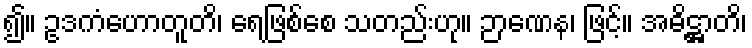
၍။ ဥဒကံဟောတူတိ၊ ရေဖြစ်စေ သတည်းဟု။ ဉာဏေန၊ ဖြင့်။ အဓိဋ္ဌာတိ၊